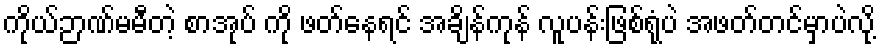
ကိုယ်ဉာဏ်မမီတဲ့ စာအုပ် ကို ဖတ်နေရင် အချိန်ကုန် လူပန်းဖြစ်ရုံပဲ အဖတ်တင်မှာပဲလို့